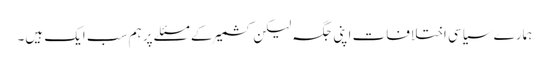
ہمارے سیاسی اختلافات اپنی جگہ لیکن کشمیر کے مسئلے پر ہم سب ایک ہیں۔